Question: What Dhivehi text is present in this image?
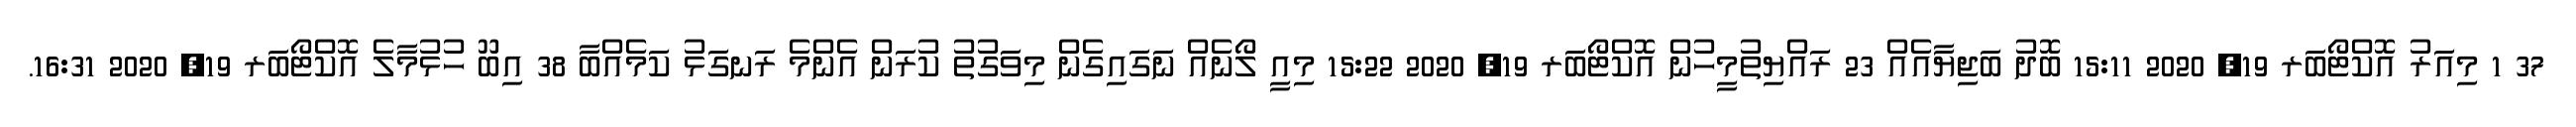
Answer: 37 1 މިއަރު އޮކްޓޯބަރ 19, 2020 15:11 ބޮދު ބަޖިޔާއެއް 23 ރައްޔިތުމީހުން އޮކްޓޯބަރ 19, 2020 15:22 މިއީ ލޯނެއް ނަގައިގެން މިވަގުތު ކުރަން އެންމެ ރަނގަޅު ކަމެއްބާ 38 އިބޫ ހުޅުމާލެ އޮކްޓޯބަރ 19, 2020 16:31.